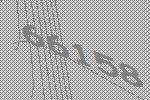
66158